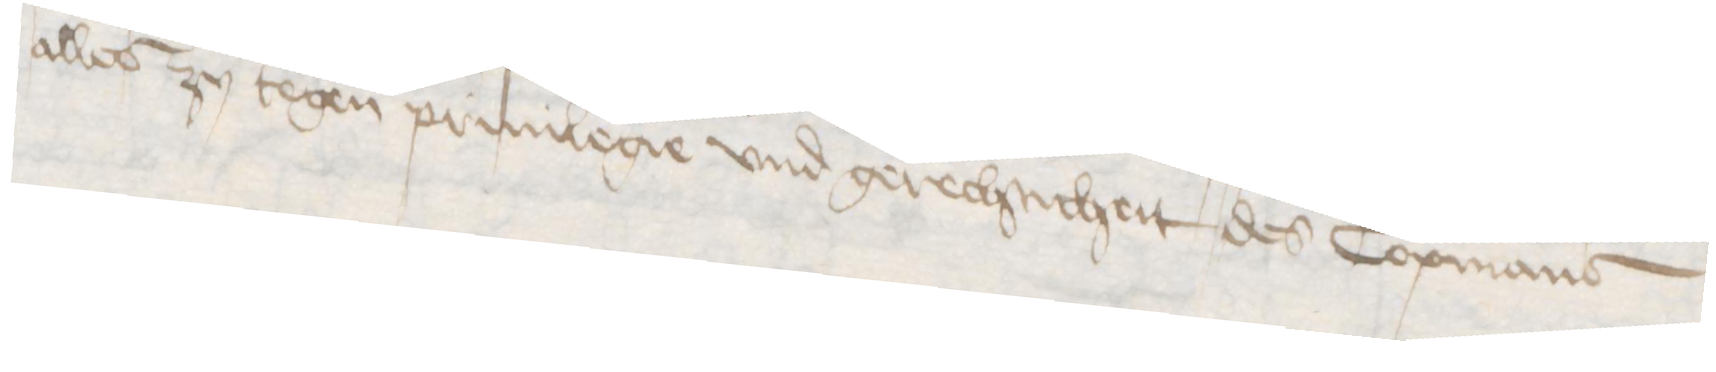
alles zu tegen priuilegie vnd gerechticheit des Copmans